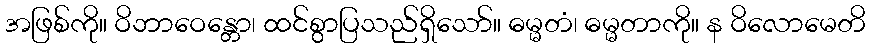
အဖြစ်ကို။ ဝိဘာဝေန္တော၊ ထင်စွာပြသည်ရှိသော်။ ဓမ္မတံ၊ ဓမ္မတာကို။ န ဝိလောမေတိ